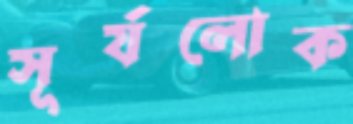
সূর্যলোক